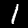
Label: 1